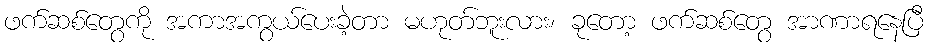
ဖက်ဆစ်တွေကို အကာအကွယ်ပေးခဲ့တာ မဟုတ်ဘူးလား၊ ခုတော့ ဖက်ဆစ်တွေ အာဏာရနေပြီ